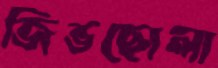
জিভছোলা